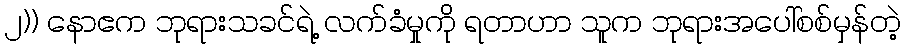
၂)) နောဧက ဘုရားသခင်ရဲ့ လက်ခံမှုကို ရတာဟာ သူက ဘုရားအပေါ်စစ်မှန်တဲ့